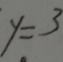
y = 3